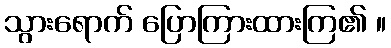
သွားရောက် ပြောကြားထားကြ၏ ။